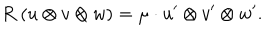
R \; ( u \otimes v \otimes w ) = \mu \cdot u ^ { \prime } \otimes v ^ { \prime } \otimes w ^ { \prime } .